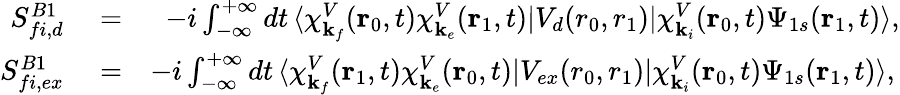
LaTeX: \begin{array}{rlr}{S_{fi,d}^{B1}}&{{}=}&{-i\int_{-\infty}^{+\infty}dt\, \langle\chi_{\mathbf{k}_{f}}^{V}(\mathbf{r}_{0},t)\chi_{\mathbf{k}_{e}}^{V}(\mathbf{r}_{1},t)|V_{d}(r_{0},{r}_{1})|{\chi}_{\mathbf{k}_{i}}^{V}(\mathbf{r}_{0},t)\Psi_{1s}(\mathbf{r}_{1},t)\rangle,}\\ {S_{fi,ex}^{B1}}&{{}=}&{-i\int_{-\infty}^{+\infty}dt\, \langle\chi_{\mathbf{k}_{f}}^{V}(\mathbf{r}_{1},t)\chi_{\mathbf{k}_{e}}^{V}(\mathbf{r}_{0},t)|V_{ex}(r_{0},{r}_{1})|{\chi}_{\mathbf{k}_{i}}^{V}(\mathbf{r}_{0},t)\Psi_{1s}(\mathbf{r}_{1},t)\rangle,\, }\end{array}